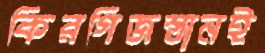
কিরগিজস্তানই